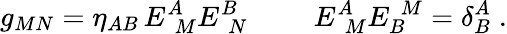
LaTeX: g_{MN}=\eta_{AB}\, E_{\, \, M}^{A}E_{\, \, N}^{B}\, \, \qquad E_{\, \, M}^{A}E_{B}^{\, \, M}=\delta_{B}^{A}\; .